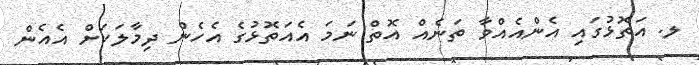
ލ. އަތޮޅުގައި އެންއެއްވާ ތަނެއް އޮތް ނަމަ އެއަަތޮޅުގެ އެހެން ދިމާލަކަށް އެއެން